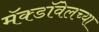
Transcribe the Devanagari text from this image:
मॅक्डॉवेलच्या